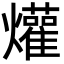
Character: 爟